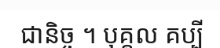
ជានិច្ច ។ បុគ្គល គប្បី